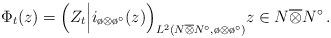
LaTeX: \begin{align*}\Phi_t(z)=\Bigl(Z_t\Bigl|i_{\o\otimes \o^\circ} (z)\Bigr)_{L^2(N\overline{\otimes} N^\circ,\o\otimes\o^\circ)}z\in N\overline{\otimes} N^\circ\, .\end{align*}